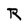
Character: R